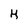
Character: H